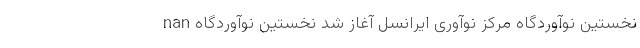
nan نخستین نوآوردگاه مرکز نوآوری ایرانسل آغاز شد نخستین نوآوردگاه